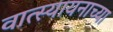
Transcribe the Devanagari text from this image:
वात्स्यायनाच्या